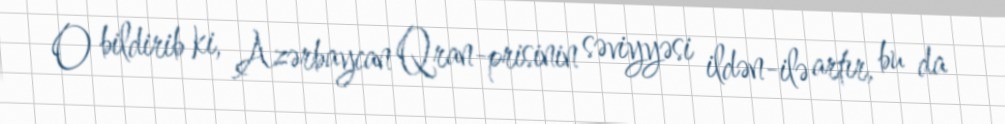
O bildirib ki, Azərbaycan Qran-prisinin səviyyəsi ildən-ilə artır, bu da